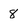
Character: 8